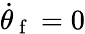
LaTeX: \dot{\theta}_{\mathrm{~f~}}=0